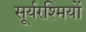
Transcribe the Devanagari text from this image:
सूर्यरश्मियों